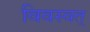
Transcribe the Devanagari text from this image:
विवस्वत्